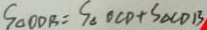
S _ { \Delta O D B } = S _ { \Delta O C D } + S _ { \Delta C D B }